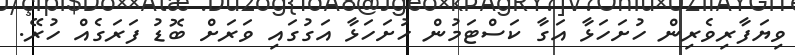
ވިޔަފާރިވެރިން ހުށަހަޅާ އަގާ ކަސްޓަމުން ހުށަހަޅާ އަގުގައި ވަރަށް ބޮޑު ފަރަގެއް ހުރޭ.